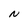
Character: N